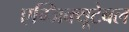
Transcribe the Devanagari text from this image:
एग्जिक्यूटेबल